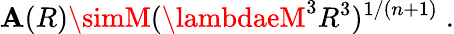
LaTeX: \mathbf{A}(R)\simM(\lambdaeM^{3}R^{3})^{1/(n+1)}\; .